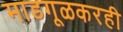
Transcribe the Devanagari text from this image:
माडगूळकरही